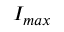
I _ { m a x }